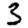
Digit: 3